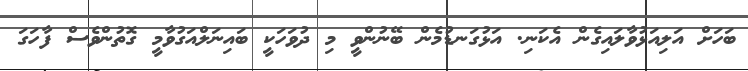
ބަހަށް އަލިއަޅުވާލައިގެން އެކަނި. އަޅުގަނޑުމެން ބޭނުންވީ މި ދުވަހަކީ ބައިނަލްއަގުވާމީ ގޮތުންވެސް ފާހަގަ